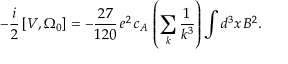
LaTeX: - { \frac { i } { 2 } } \left[ V , \Omega _ { 0 } \right] = - { \frac { 2 7 } { 1 2 0 } } \, e ^ { 2 } \, c _ { A } \, \left( \sum _ { k } { \frac { 1 } { k ^ { 3 } } } \right) \int d ^ { 3 } x \, B ^ { 2 } .